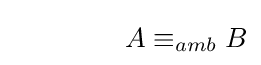
\qquad \qquad A\equiv _{amb}B